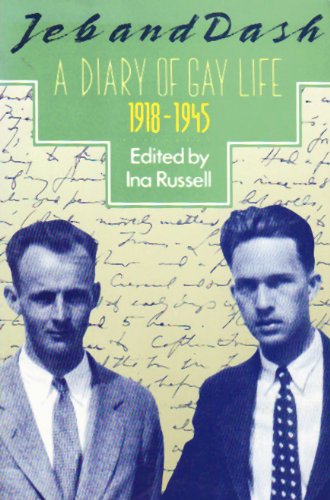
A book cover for Jeb and Dash: A Diary of Gay Life 1918-1945; Gay & Lesbian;